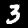
Label: 3